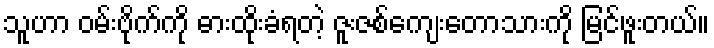
သူဟာ ဝမ်းဗိုက်ကို ဓားထိုးခံရတဲ့ ဇူးဇစ်ကျေးတောသားကို မြင်ဖူးတယ်။